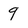
Character: 9